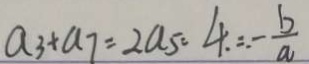
a _ { 3 } + a _ { 7 } = 2 a _ { 5 } = 4 . = . - \frac { b } { a }